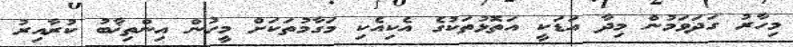
މިހާރު ގަދަވަމުން މިދާ އަޑަކީ އަތޮޅުތަކުގެ އެކިއެކި މަގާމުތަކަށް މީހުން އިންތިޚާބު ކުރާއިރު